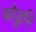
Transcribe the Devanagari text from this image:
फोडुनि